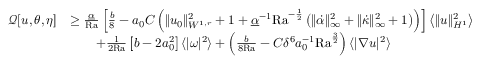
\begin{array} { r l } { \mathcal { Q } [ u , \theta , \eta ] } & { \geq \frac { \underline { { \alpha } } } { \mathrm { { R a } } } \left[ \frac { b } { 8 } - a _ { 0 } C \left( \| u _ { 0 } \| _ { W ^ { 1 , r } } ^ { 2 } + 1 + \underline { { \alpha } } ^ { - 1 } { \mathrm { R a } } ^ { - \frac { 1 } { 2 } } \left( \| \dot { \alpha } \| _ { \infty } ^ { 2 } + \| \dot { \kappa } \| _ { \infty } ^ { 2 } + 1 \right) \right) \right] \left\langle \| u \| _ { H ^ { 1 } } ^ { 2 } \right\rangle } \\ & { \qquad + \frac { 1 } { 2 \mathrm { { R a } } } \left[ b - 2 a _ { 0 } ^ { 2 } \right] \langle | \omega | ^ { 2 } \rangle + \left( \frac { b } { 8 { \mathrm { R a } } } - C \delta ^ { 6 } a _ { 0 } ^ { - 1 } \mathrm { { R a } } ^ { \frac { 3 } { 2 } } \right) \langle | \nabla u | ^ { 2 } \rangle } \end{array}